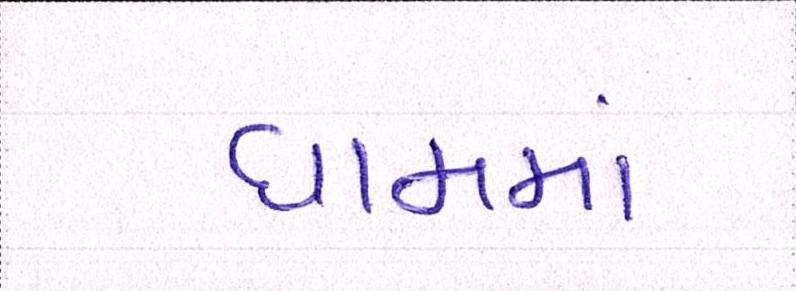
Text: ધામમાં